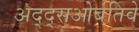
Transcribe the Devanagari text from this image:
अद्द्सओर्बतिवे